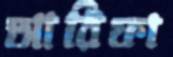
আরিফা